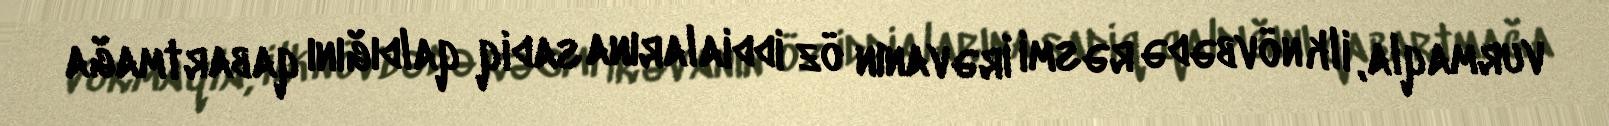
vurmaqla, ilk növbədə rəsmi İrəvanın öz iddialarına sadiq qaldığını qabartmağa